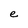
Character: e